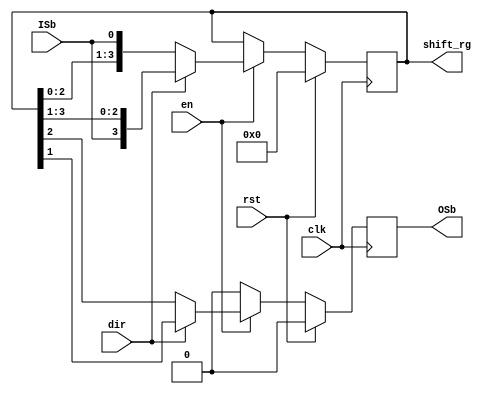
module Shift_reg_dir_4bit(
input clk,
input en,
input ISb,
input rst,
input dir,
output reg OSb,
output reg [3:0] shift_rg);

	initial shift_rg = 4'b0;
	always @(posedge clk) begin
		if (rst) begin
			shift_rg = 4'b0;
			OSb = 1'b0;
		end else begin
			if (en) begin
				if (dir) begin
					shift_rg = {ISb, shift_rg[3:1]};
					OSb = shift_rg[0];
				end else begin 
					shift_rg = {shift_rg[2:0], ISb};
					OSb = shift_rg[3];
				end
			end else begin
				OSb = 1'b0;
				shift_rg = shift_rg;
			end
		end
	end
endmodule